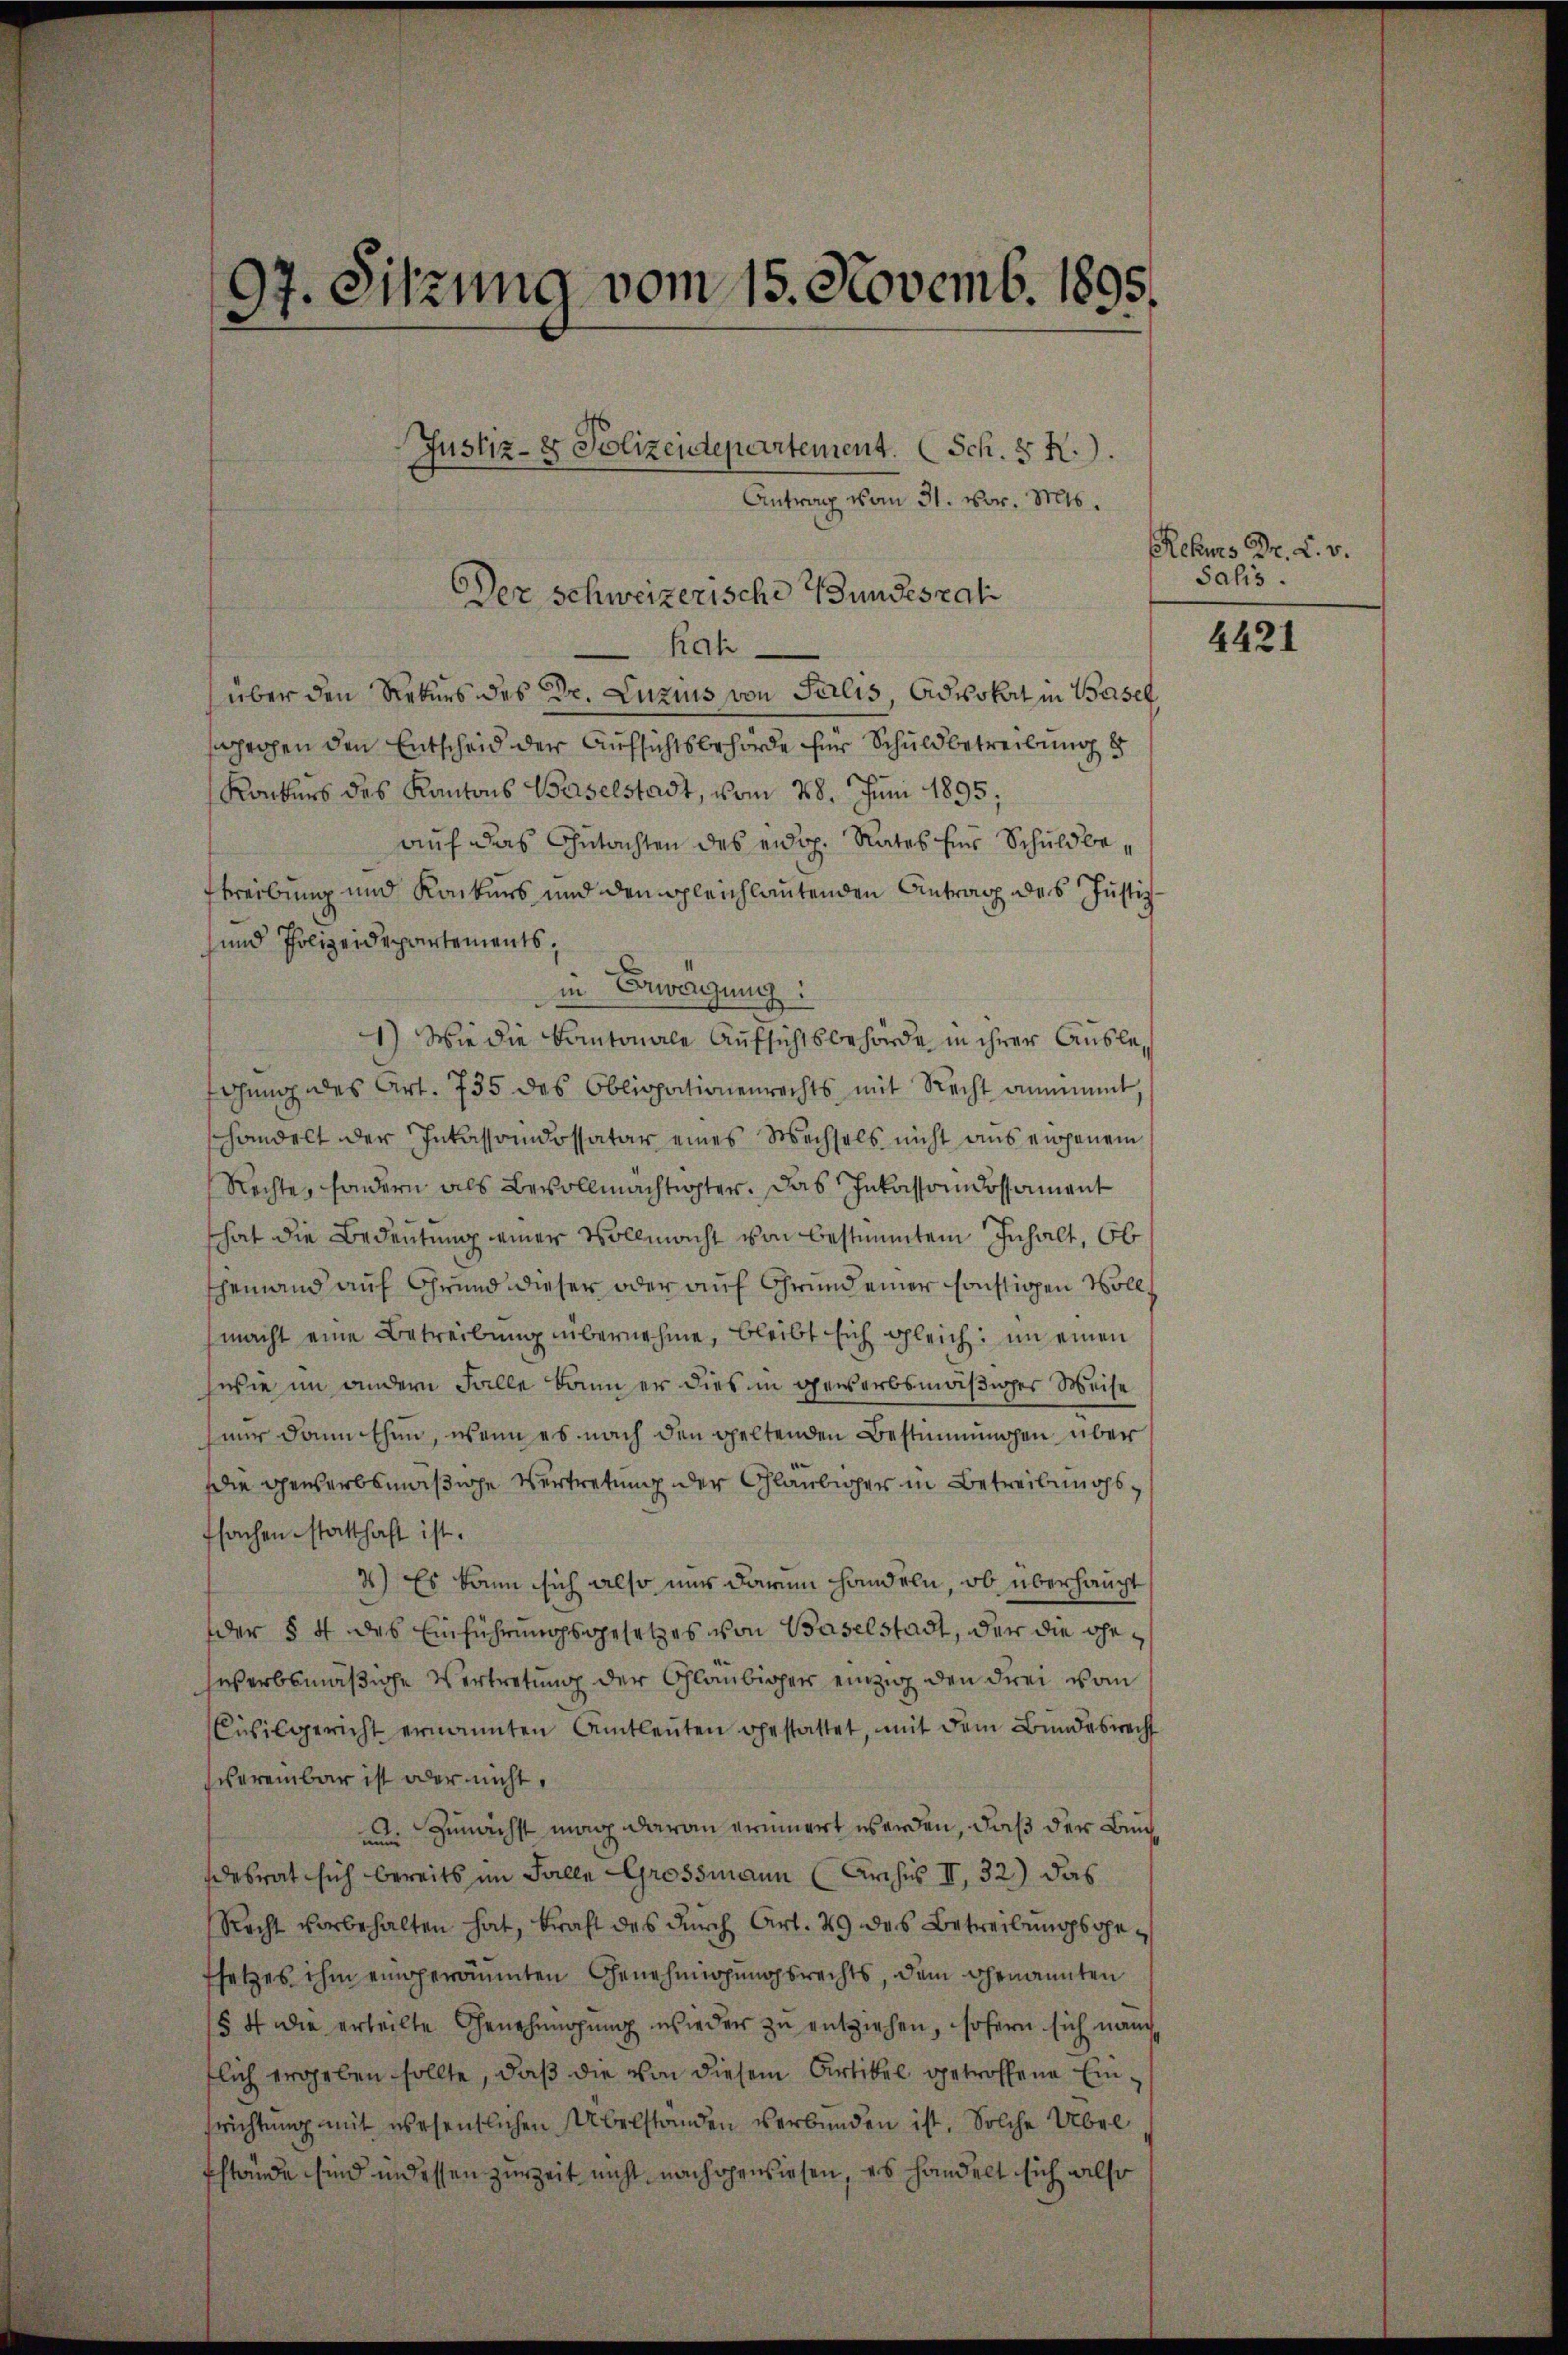
97. Sitzung vom 15. Novemb. 1895.

Rah
über den Rekurs des Dr. Luzius von Seelis, Advokat in Basel
sprochen den Entscheid der Aufsichtsbehörde für Schuldbetreibung d
Konkurs des Kantons Baselstadt, vom 28. Juni 1895;
auf das Gutachten des eidg. Rates für Schuldbestreibung und Konkurs und dem gleichlautenden Antrag des Justiz
 und Polizeidepartements,
in Bewegung:
1) Wie die Kantonale Aufsichtsbehörde in ihrer Auslefgung des Art. 735 des Obligationenrechts mit Recht annimmt,
handelt der Inkassaindossatar eines Wechsels nicht aus eingenem
Rechte, sondern als Bevollmächtigter. Das Inkassoindossament
that die Bedeutung einer Vollmacht von bestimmtem Inhalt, Ob
Ehemand auf Grund dieser oder auf Grund einer sonstigen Vollmacht eine Betreibung übernehme, bleibt sich gleich: im einen
wie im andern Falle kann er dies in gewerbsmäßiger Weise
nur damithen, wenn es nach den geltenden Bestimmungen über
Die gewerbsmäßige Vertretung der Gläubiger in Betreibungsfsachen statthaft ist.
2) Es kann sich also nur darum handeln, ob überhaupt
der § 4 des Einführungsgesetzes von Baselstadt, der die Geswerbsmäßige Vertretung der Gläubiger einzig den drei vom
Civilgericht ernannten Amtleuten gestattet, mit dem Bundesrecht
vereinbar ist oder nicht,
Zunächst mach daran erinnert werden, daß der Buchun
desrat sich bereits im Falle Grossmann (Archis II, 32) das
Recht vorbehalten hat, kraft des durch Art. 49 des Betreibungsgefsetzes ihm eingeräumten Genehmigungsrechts, dem genannten
§ 4 die erteilte Genehmigung wieder zu entziehen, sofern sich nam
flich ergeben sollte, daß die von diesem Artikel getroffene Einsrichtung mit wesentlichen Übelständen verbunden ist. Solche Übel
fstände sind indessen zurZeit nicht nachgewiesen, es handelt sich also

Justiz- & Polizeidepartement. Sch. §. R.).
Antrag vom 31. vor. Mts.
Der schweizerische Wundesrat

Rehus Dr. L. v.
Sahis.

4421